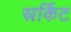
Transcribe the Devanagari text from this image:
स्रर्किट